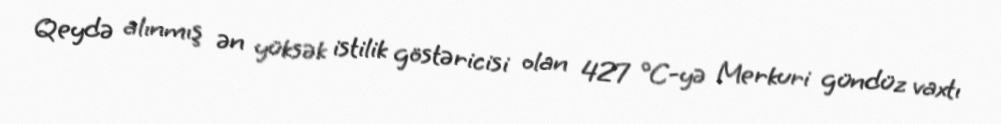
Qeydə alınmış ən yüksək istilik göstəricisi olan 427 °C-yə Merkuri gündüz vaxtı